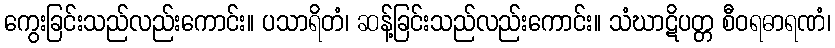
ကွေးခြင်းသည်လည်းကောင်း။ ပသာရိတံ၊ ဆန့်ခြင်းသည်လည်းကောင်း။ သံဃာဋိပတ္တ စီဝရဓာရဏံ၊